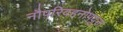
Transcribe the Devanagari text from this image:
नौपरिवहनोपयुक्त